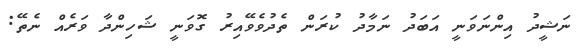
ނަޝީދު އިންނަވަނީ އަބަދު ނަމާދު ކުރަން ތެދުވެވޭއިރު ގޮވަނީ ޝަހިންދާ ވަރެއް ނެތޭ: